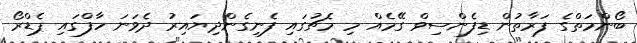
ބޯންމަތްގެ ފަރާތުން ޑިފެންސިވް ގޭމެއް މި މެޗުގައި ފެނިގެންދިޔައިރު ދެވަނަ ހާފްގައި ޕެޑްރޯ